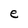
Character: e